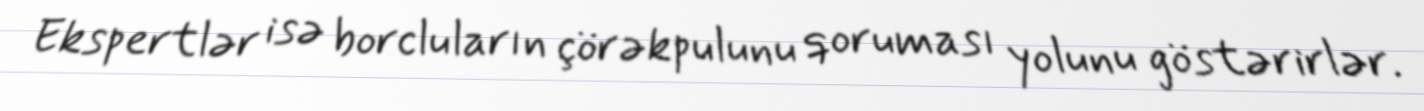
Ekspertlər isə borcluların çörəkpulunu qoruması yolunu göstərirlər.